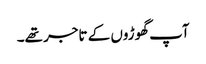
آپ گھوڑوں کے تاجر تھے۔